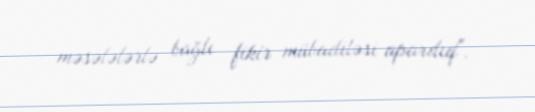
məsələlərlə bağlı fikir mübadiləsi apardıq".